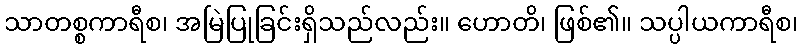
သာတစ္စကာရီစ၊ အမြဲပြုခြင်းရှိသည်လည်း။ ဟောတိ၊ ဖြစ်၏။ သပ္ပါယကာရီစ၊